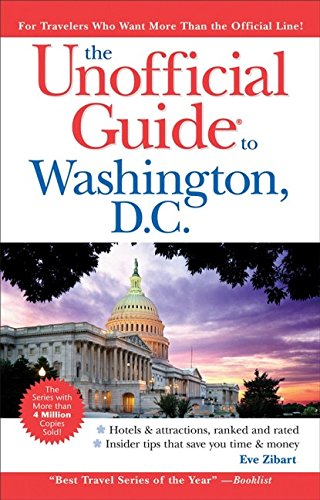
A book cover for The Unofficial Guide to Washington, D.C. (Unofficial Guides); Eve Zibart; Travel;